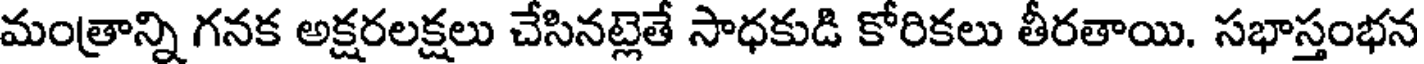
మంత్రాన్ని గనక అక్షరలక్షలు చేసినట్లెతే సాధకుడి కోరికలు తీరతాయి. సభాస్తంభన